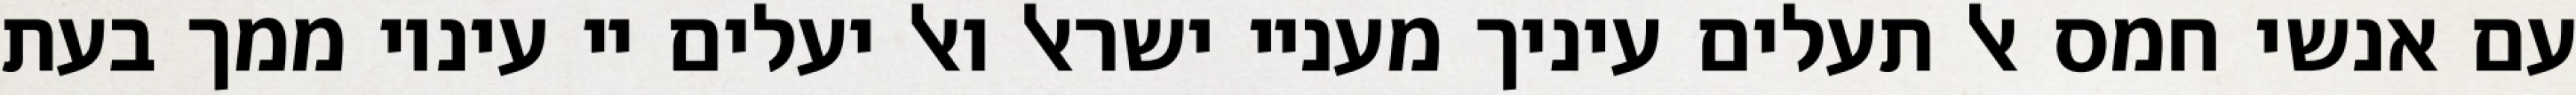
עם אנשי חמס אל תעלים עיניך מעניי ישראל ואל יעלים יי עיניו ממך בעת